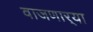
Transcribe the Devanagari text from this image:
वाजणार्‍या